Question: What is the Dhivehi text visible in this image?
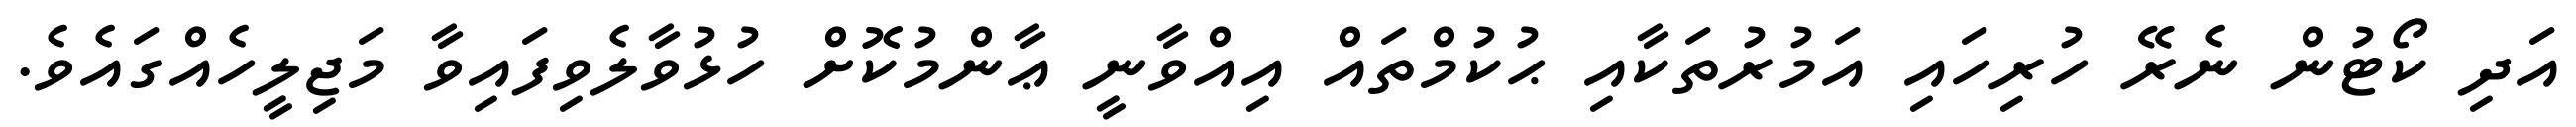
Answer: އަދި ކޯޓުން ނެރޭ ހުރިހައި އަމުރުތަކާއި ޙުކުމްތައް އިއްވާނީ ޢާންމުކޮށް ހުޅުވާލެވިފައިވާ މަޖިލީހެއްގައެވެ.